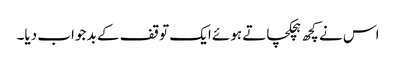
اس نے کچھ ہچکچاتے ہوئے ایک توقف کے بد جواب دیا۔